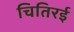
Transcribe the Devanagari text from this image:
चितिरई